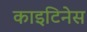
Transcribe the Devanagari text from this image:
काइटिनेस